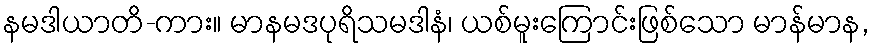
နမဒါယာတိ-ကား။ မာနမဒပုရိသမဒါနံ၊ ယစ်မူးကြောင်းဖြစ်သော မာန်မာန,